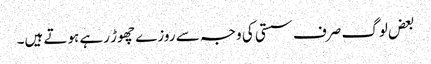
بعض لوگ صرف سستی کی وجہ سے روزے چھوڑ رہے ہوتے ہیں۔